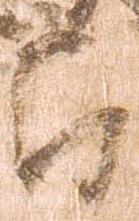
郎